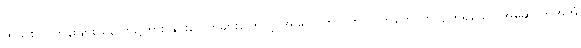
ထိုသစ်ပင်တန်းများ နောက်၌ကား နှင်းပေါက်များကြောင့် အရောင်တလက် လက်တောက်လျက်ရှိသော အဆောက်အအုံ